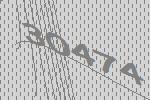
30474